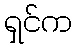
ရှင်က